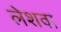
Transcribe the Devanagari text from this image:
लेशवा